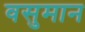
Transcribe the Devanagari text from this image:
वसुमान